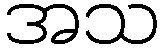
အသ